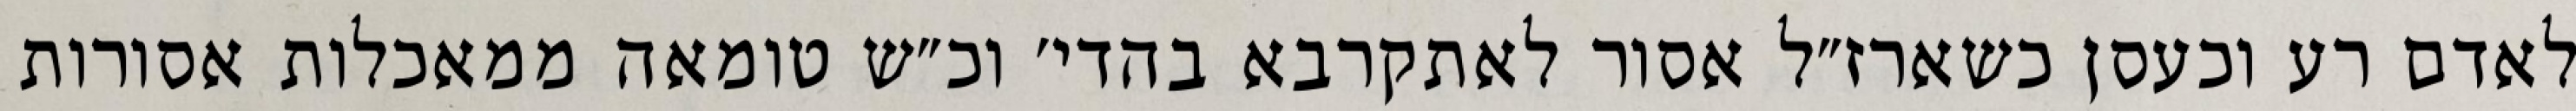
לאדם רע וכעסן כשארז״ל אסור לאתקרבא בהדי׳ וכ״ש טומאה ממאכלות אסורות